Senior Leaving Certificate Examination (including Day School Certificate (Higher) General paper), 1949
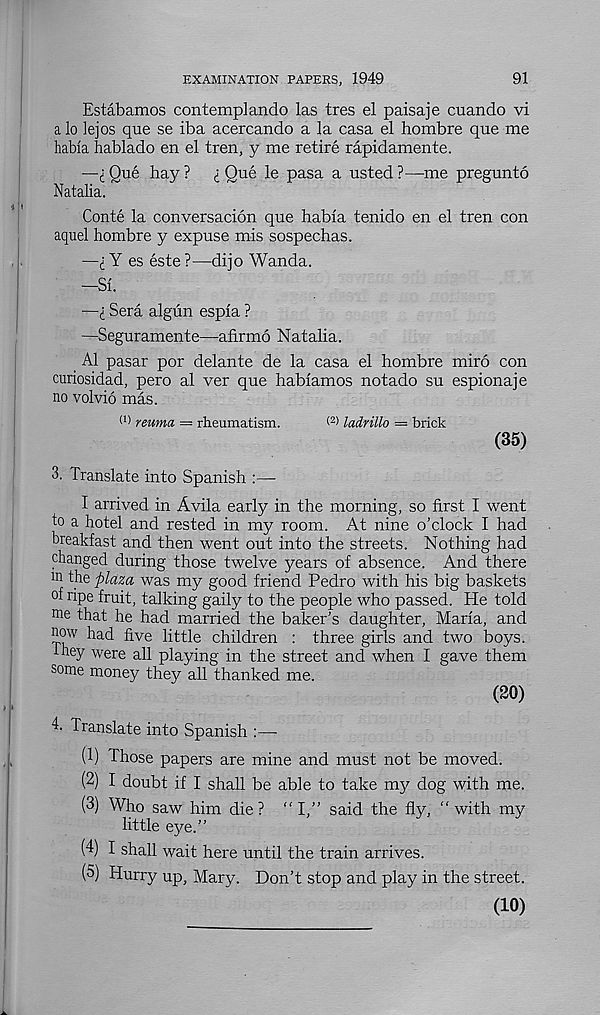
EXAMINATION PAPERS, 1949
91
Estabamos contemplando las tres el paisaje cuando vi
a lo lejos que se iba acercando a la casa el hombre que me
habia hablado en el tren, y me retire rapidamente.
—i Que hay ?
£ Que le pasa a usted ?—me pregunto
Natalia.
Conte la conversacion que habia tenido en el tren con
aquel hombre y expuse mis sospechas.
—i Y es este?—dijo Wanda.
—Si.
—I Sera algun espia ?
—Seguramente—afirmo Natalia.
A1 pasar por delante de la casa el hombre miro con
curiosidad, pero al ver que habiamos notado su espionaje
no volvio mas.
0) reuma = rheumatism.
ladrillo = brick
(35)
3. Translate into Spanish :—
I arrived in Avila early in the morning, so first I went
to a hotel and rested in my room. At nine o’clock I had
breakfast and then went out into the streets. Nothing had
changed during those twelve years of absence. And there
in the plam was my good friend Pedro with his big baskets
of ripe fruit, talking gaily to the people who passed. He told
me that he had married the baker’s daughter, Maria, and
now had five little children : three girls and two boys,
they were all playing in the street and when I gave them
some money they all thanked me.
(20)
4- Translate into Spanish
(1) Those papers are mine and must not be moved.
(2) I doubt if I shall be able to take my dog with me.
(3) Who saw him die? “I,” said the fly, “with my
little eye.”
(4) I shall wait here until the train arrives.
(5) Hurry up, Mary. Don’t stop and play in the street.
(10)